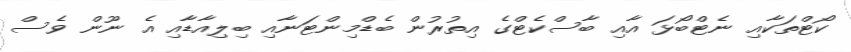
ކޯޓްތަކާއި ނެޓްބޯޅަ އާއި ބާސްކެޓްގެ އިތުރުން ބެޑްމިންޓަނާއި ބިލިއާޑާއި އެ ނޫން ވެސް